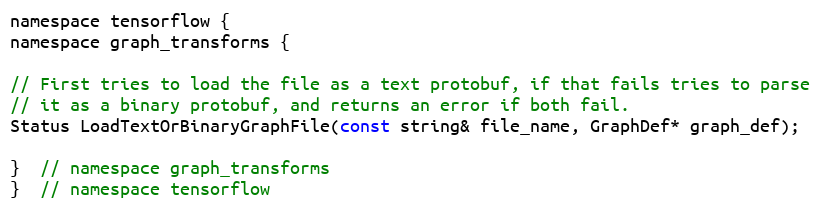
Language: C
namespace tensorflow {
namespace graph_transforms {

// First tries to load the file as a text protobuf, if that fails tries to parse
// it as a binary protobuf, and returns an error if both fail.
Status LoadTextOrBinaryGraphFile(const string& file_name, GraphDef* graph_def);

}  // namespace graph_transforms
}  // namespace tensorflow